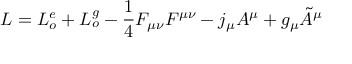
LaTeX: { \cal L } = { \cal L } _ { o } ^ { e } + { \cal L } _ { o } ^ { g } - \frac { 1 } { 4 } F _ { \mu \nu } F ^ { \mu \nu } - j _ { \mu } { \cal A } ^ { \mu } + g _ { \mu } \tilde { { \cal A } } ^ { \mu }